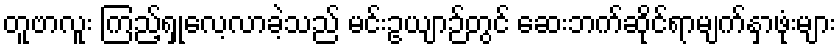
တူဗာလူး ကြည့်ရှုလေ့လာခဲ့သည် မင်းဥယျာဉ်တွင် ဆေးဘက်ဆိုင်ရာမျက်နှာဖုံးများ